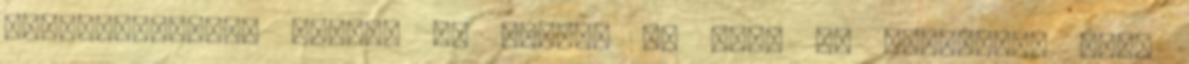
jókívánságokat Nektek is boldog új évet És köszönöm, amit